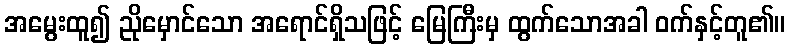
အမွေးထူ၍ ညိုမှောင်သော အရောင်ရှိသဖြင့် မြေကြီးမှ ထွက်သောအခါ ဝက်နှင့်တူ၏။